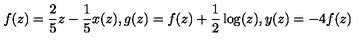
f ( z ) = \frac { 2 } { 5 } z - \frac { 1 } { 5 } x ( z ) , g ( z ) = f ( z ) + \frac { 1 } { 2 } \log ( z ) , y ( z ) = - 4 f ( z )